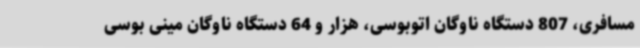
مسافری، 807 دستگاه ناوگان اتوبوسی، هزار و 64 دستگاه ناوگان مینی بوسی